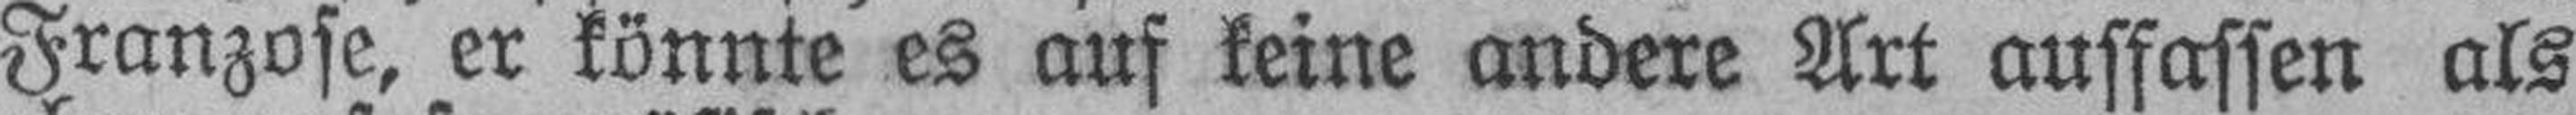
Franzose, er könnte es auf keine andere Art auffassen als